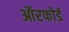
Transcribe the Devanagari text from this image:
ऑरफोर्ड